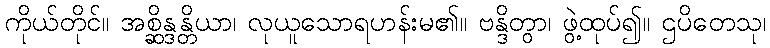
ကိုယ်တိုင်။ အစ္ဆိန္ဒန္တိယာ၊ လုယူသောရဟန်းမ၏။ ဗန္ဒိတွာ၊ ဖွဲ့ထုပ်၍။ ဌပိတေသု၊